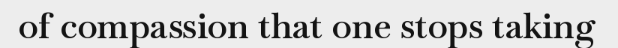
of compassion that one stops taking